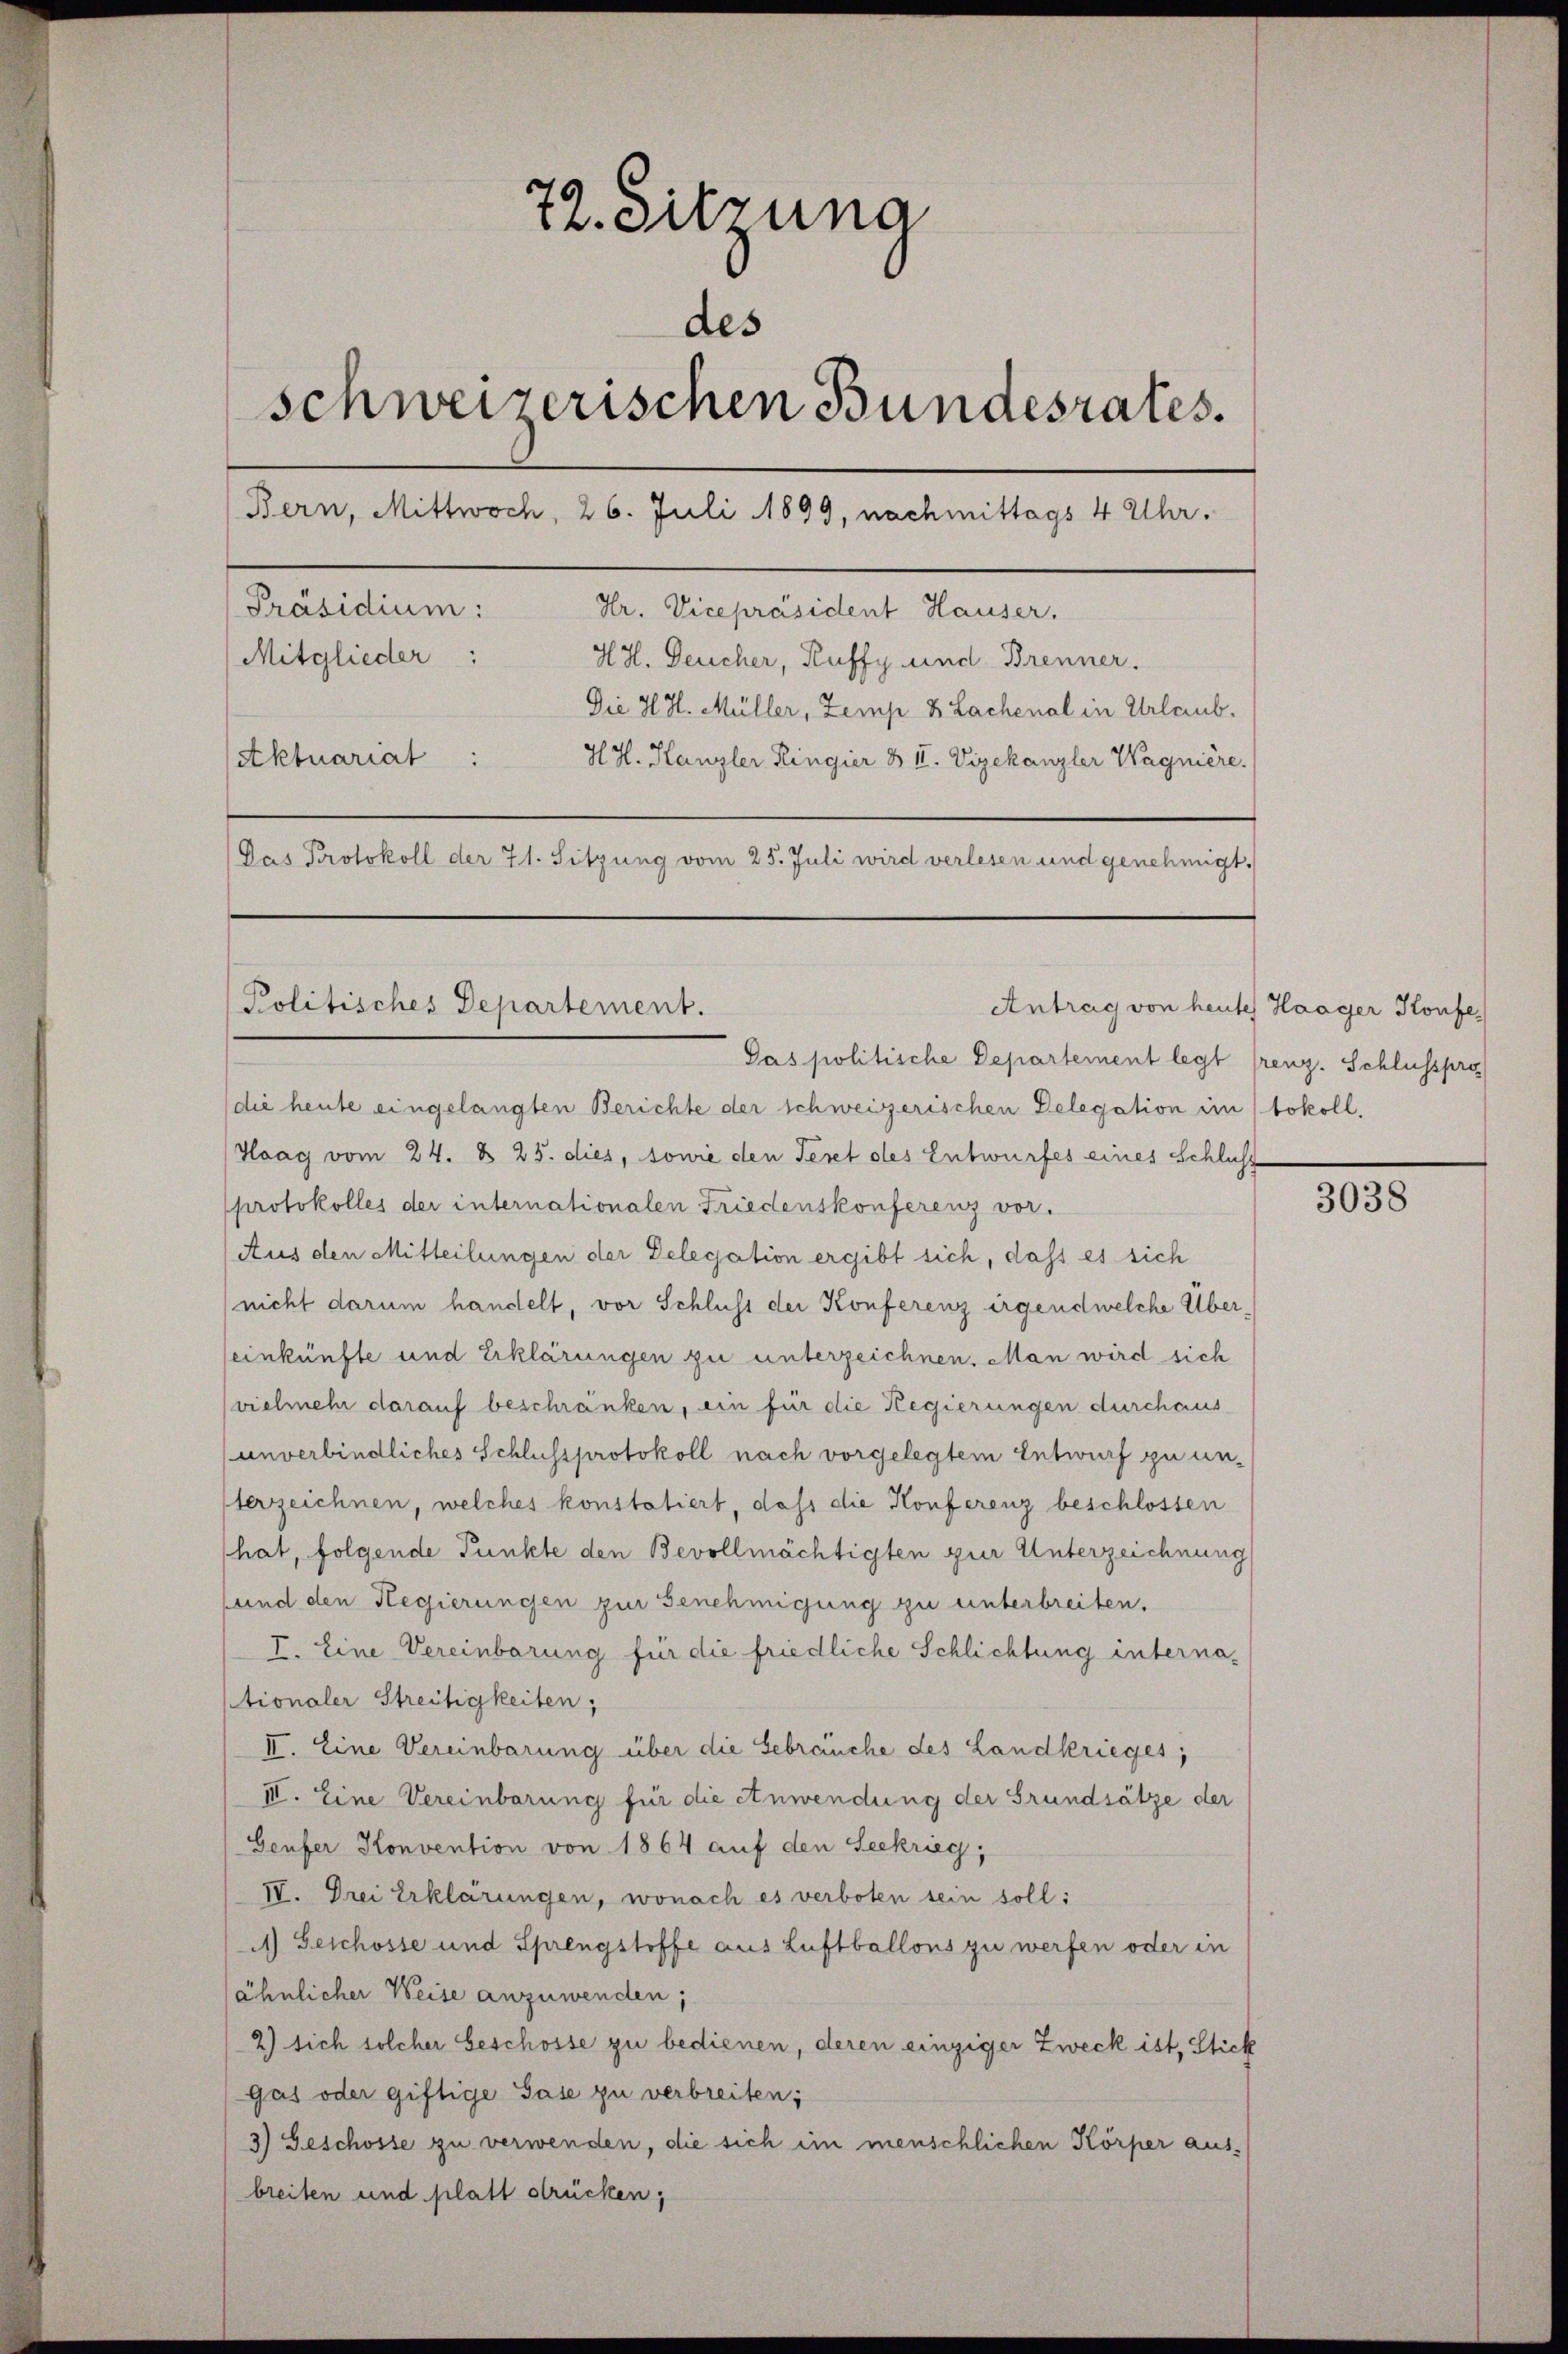
77. Sitzung
des
schweizerischen Bundesrates.
Bern, Mittwoch, 26. Juli 1899, nachmittags 4 Uhr.
Präsidium:
Hr. Vicepräsident Hauser.
Mitglieder:
HH. Deucher, Ruffy und Brenner.
Die H. H. Müller, Zemp 8 Lachenal in Urlaub.
Aktuariat : H.H. Kanzler Lingier & II. Vizekanzler Wagnière.
Das Protokoll der 71. Sitzung vom 25. Juli wird verlesen und genehmigt.

Politisches Departement.
Pas politische Departement legt frenz. Schlusspro

(die heute eingelangten Berichte der schweizerischen Delegation im tokoll.
Haag vom 24. B. 25. dies, sowie den Teret des Entwurfes eines Schluss
protokolles der internationalen Friedenskonferenz vor.
(Aus den Mitteilungen der Delegation ergibt sich, dass es sich
(nicht darum handelt, vor Schluss der Konferenz irgendwelche Übereinkünfte und Erklärungen zu unterzeichnen. Man wird sich
vielmehr darauf beschränken, ein für die Regierungen durchaus
unverbindliches Schlussprotokoll nach vorgelegtem Entwurf zu unterzeichnen, welches konstatiert, daß die Konferenz beschlossen
hat, folgende Punkte den Bevollmächtigten zur Unterzeichnung
sund den Hegierungen zur Genehmigung zu unterbreiten.
I. Eine Vereinbarung für die friedliche Schlichtung internationaler Streitigkeiten,
II. Eine Vereinbarung über die Gebräuche des Landkrieges,
III. Eine Vereinbarung für die Anwendung der Grundsätze der
Geufer Konvention von 1864 auf den Seekrieg,
IV. Drei Erklärungen, wonach es verboten sein soll:
) Geschosse und Sprengstoffe aus Luftballons zu werfen oder in
ähnlicher Weise anzuwenden;
2) sich solcher beschosse zu bedienen, deren einziger Zweck ist, Stick
gas oder giftige Gase zu verbreiten;
3) Geschosse zu verwenden, die sich im menschlichen Körper aus-
breiten und platt drücken,

Antrag von heute Haager Konfe

3038